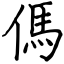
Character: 傌